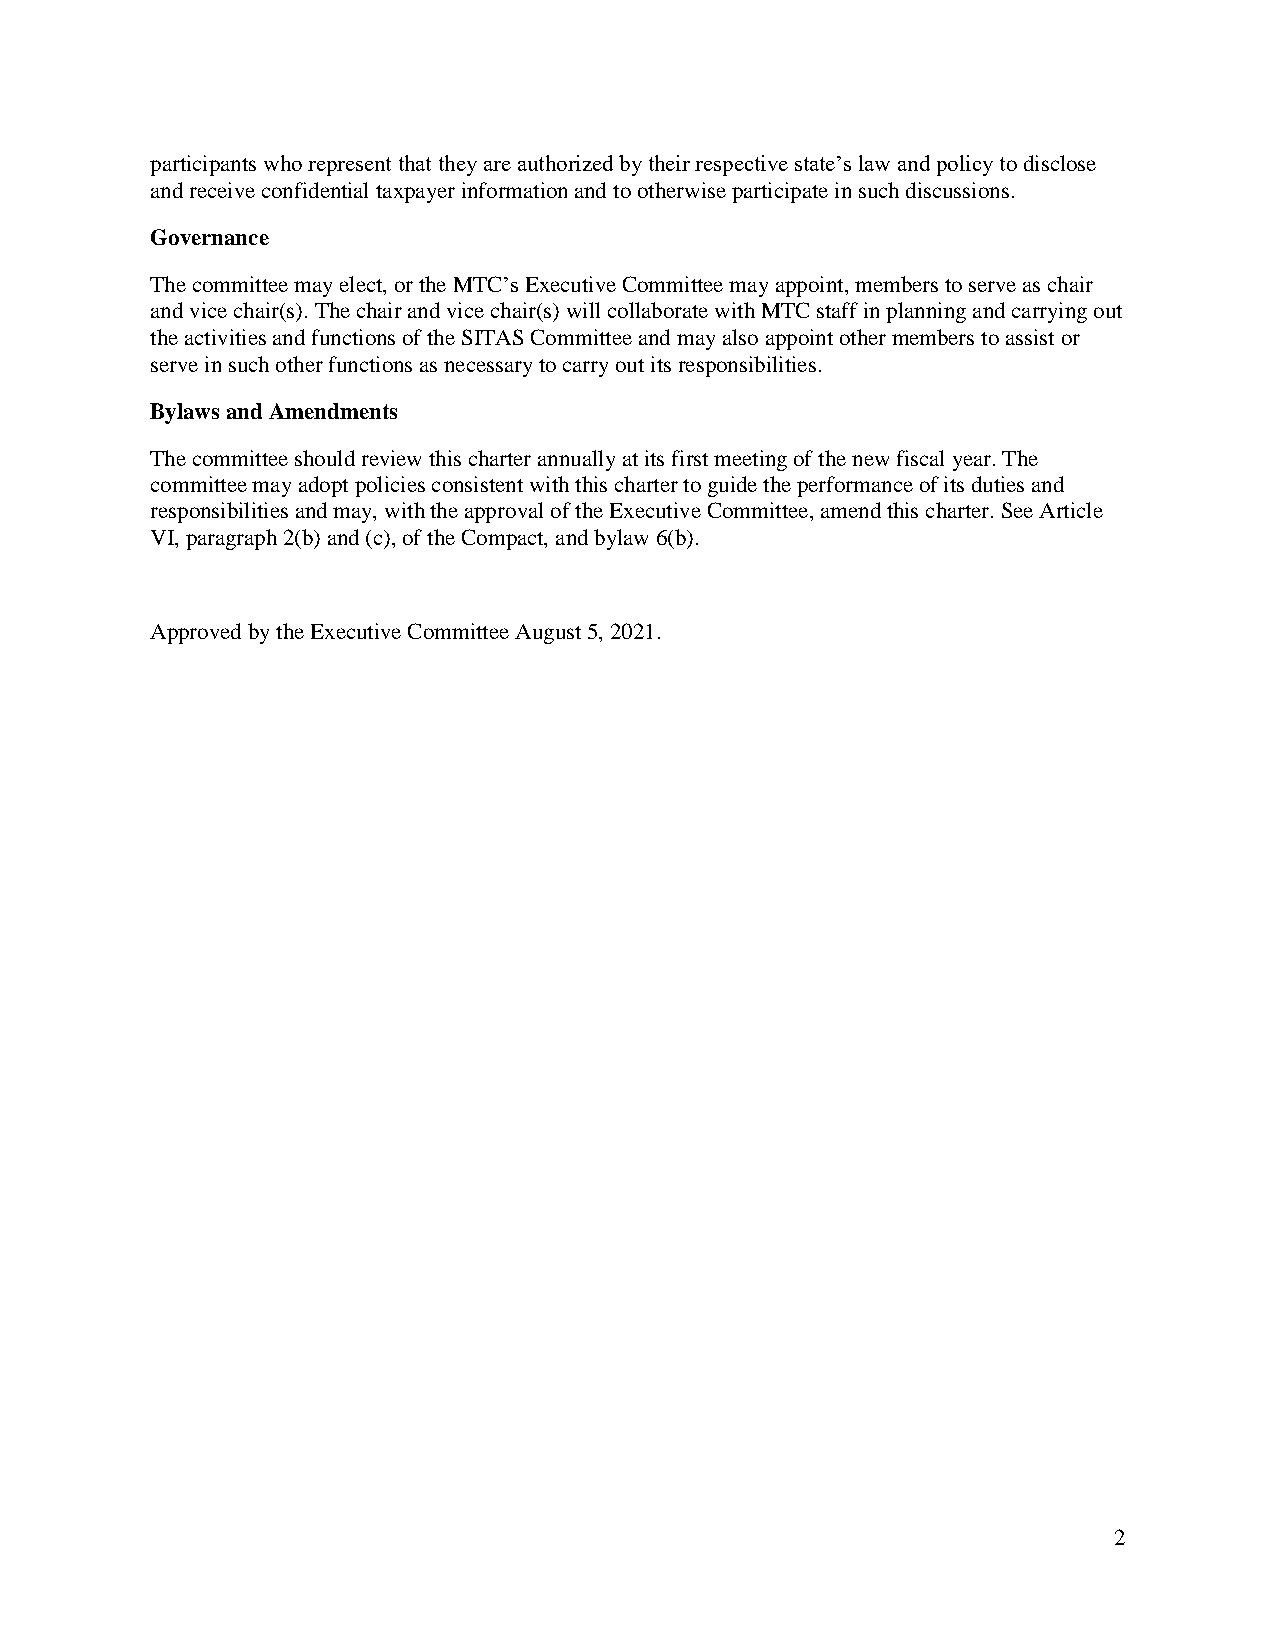
participants who represent that they are authorized by their respective state’s law and policy to disclose
 and receive confidential taxpayer information and to otherwise participate in such discussions.
 Governance
 The committee may elect, or the MTC’s Executive Committee may appoint, members to serve as chair
 and vice chair(s). The chair and vice chair(s) will collaborate with MTC staff in planning and carrying out
 the activities and functions of the SITAS Committee and may also appoint other members to assist or
 serve in such other functions as necessary to carry out its responsibilities.
 Bylaws and Amendments
 The committee should review this charter annually at its first meeting of the new fiscal year. The
 committee may adopt policies consistent with this charter to guide the performance of its duties and
 responsibilities and may, with the approval of the Executive Committee, amend this charter. See Article
 VI, paragraph 2(b) and (c), of the Compact, and bylaw 6(b).
 Approved by the Executive Committee August 5, 2021.
 2